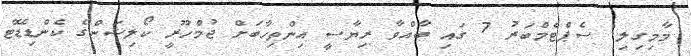
މާމިގިލި: ސެޕްޓެމްބަރު 7 ގައި ބާއްވާ ރިޔާސީ އިންތިހާބަށް ޖުމްހޫރީ ކޯލިޝަންގެ ކެންޑިޑޭޓް